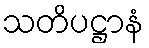
သတိပဋ္ဌာနံ